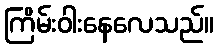
ကြိမ်းဝါးနေလေသည်။